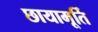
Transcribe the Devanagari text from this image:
छायामूर्ति